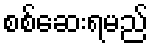
စစ်ဆေးရမည်